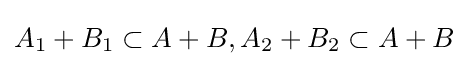
A_{1}+B_{1}\subset A+B,A_{2}+B_{2}\subset A+B